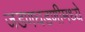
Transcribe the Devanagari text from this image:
जडणघडणीमध्ये